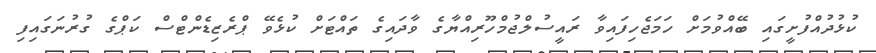
ކުޅުދުއްފުށީގައި ބޭއްވުމަށް ހަމަޖެހިފައިވާ ރައީސުލްޖުމްހޫރިއްޔާގެ ވާދައިގެ ތައްޓަށް ކުޅެވޭ ޕްރެޒިޑެންޓްސް ކަޕްގެ ގުރުނަގައިފި